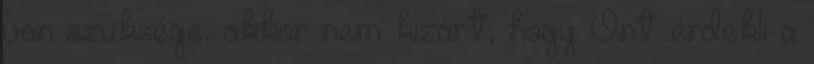
van szüksége, akkor nem kizárt, hogy Önt érdekli a